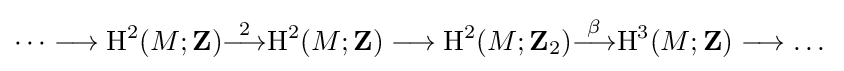
\dots \longrightarrow {\textrm {H}}^{2}(M;\mathbf {Z} ){\stackrel {2}{\longrightarrow }}{\textrm {H}}^{2}(M;\mathbf {Z} )\longrightarrow {\textrm {H}}^{2}(M;\mathbf {Z} _{2}){\stackrel {\beta }{\longrightarrow }}{\textrm {H}}^{3}(M;\mathbf {Z} )\longrightarrow \dots